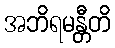
အဘိရမန္တီတိ